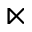
\ltimes